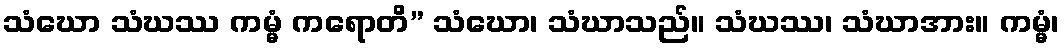
သံဃော သံဃဿ ကမ္မံ ကရောတိ” သံဃော၊ သံဃာသည်။ သံဃဿ၊ သံဃာအား။ ကမ္မံ၊